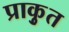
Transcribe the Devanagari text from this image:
प्राकृुत